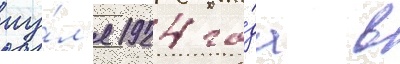
иу́л'я 1924 го́да в